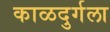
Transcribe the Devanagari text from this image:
काळदुर्गला